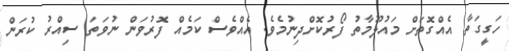
ހަގީގަތާ އެއްގޮތަށް މައުލޫމާތު ފޯރުކޮށްދިނުމެވެ. އެއްވެސް ކަމެއް ފޮރުވަން ނުވަތަ ސިއްރު ކުރަން